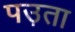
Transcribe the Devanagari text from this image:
पउ़ता